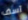
آسف